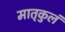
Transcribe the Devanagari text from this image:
मातृकुलं